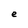
Character: e